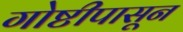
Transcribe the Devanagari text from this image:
गोष्टीपासून